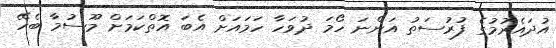
އުދައެރުމުގެ ފުރުސަތު އަންނަ ހޯމަ ދުވަހާ ހަމައަށް އެބަ އޮތްކަމަށް މޫސުމާ ބެހޭ